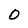
Character: O